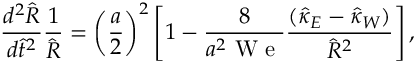
\frac { d ^ { 2 } \hat { R } } { d \hat { t } ^ { 2 } } \frac { 1 } { \hat { R } } = \left( \frac { a } { 2 } \right) ^ { 2 } \left[ 1 - \frac { 8 } { a ^ { 2 } \mathrm { ~ W ~ e ~ } } \frac { ( \hat { \kappa } _ { E } - \hat { \kappa } _ { W } ) } { \hat { R } ^ { 2 } } \right] ,